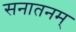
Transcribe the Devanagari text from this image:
सनातनम्